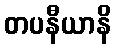
တပနီယာနိ